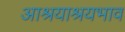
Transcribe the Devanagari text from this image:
आश्रयाश्रयभाव